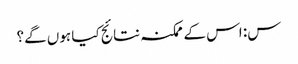
س: اس کے ممکنہ نتائج کیا ہوں گے؟